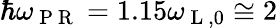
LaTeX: \hbar\omega_{\mathrm{~P~R~}}=1.15\omega_{\mathrm{~L~},0}\cong 2